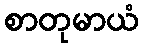
စာတုမာယံ